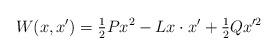
LaTeX: \begin{align*}W(x,x^{\prime})=\tfrac{1}{2}Px^{2}-Lx\cdot x^{\prime}+\tfrac{1}{2}Qx^{\prime2}\end{align*}